Vaccination United Provinces of Agra and Oudh 1914-1922 - 1914-1922
Year: 1914
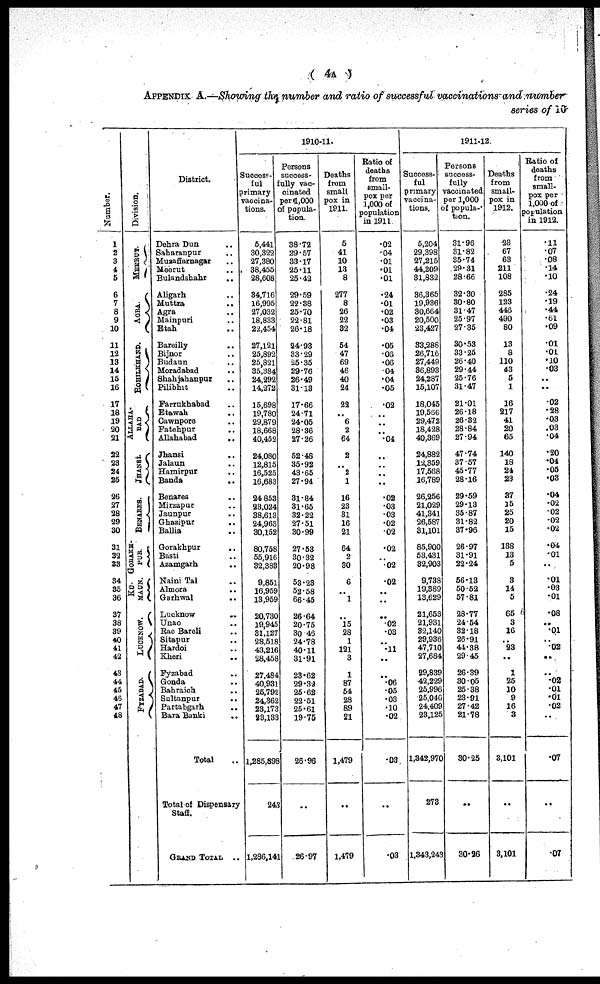
( 4A )
APPENDIX A.—Showing the number and ratio of successful vaccinations and number
series of 10
Number.
1
2
3
4
5
6
7
8
9
10
11
12
13
14
15
16
17
18
19
20
21
22
23
24
25
26
27
28
29
30
31
32
33
34
35
36
37
38
39
40
41
42
43
44
45
46
47
48
Division.
MEERUT.
AGRA.
ROHILKHAND.
ALLAHA¬
BAD.
JHANSI.
BENARES.
GORAKH¬
PUR
KU¬
MAUN.
LUCKNOW.
FYZABAD.
District.
Dehra Dun ..
Saharanpur ..
Muzaffarnagar ..
Meerut ..
Bulandshahr ..
Aligarh ..
Muttra
..
Agra ..
Mainpuri ..
Etah ..
Bareilly ..
Bijnor ..
Budaun ..
Moradabad ..
Shahjahanpur ..
Pilibhit ..
Farrukhabad ..
Etawah ..
Cawnpore ..
Fatehpur
..
Allahabad
..
Jhansi ..
Jalaun ..
Hamirpur ..
Banda ..
Benares ..
Mirzapur ..
Jaunpur ..
Ghazipur ..
Ballia ..
Gorakhpur ..
Basti ..
Azamgarh
..
Naini Tal ..
Almora ..
Garhwal ..
Lucknow ..
Unao ..
Rae Bareli ..
Sitapur ..
Hardoi ..
Kheri ..
Fyzabad ..
Gonda ..
Bahraich ..
Sultanpur ..
Partabgarh ..
Bara Banki ..
Total ..
Total of Dispensary
Staff.
GRAND TOTAL
..
1910-11.
Success¬
ful
primary
vaccina-
tions.
5,441
30,322
27,380
38,455
28,608
34,716
16,995
27,032
18,833
22,454
27,121
25,892
25,821
35,384
24,292
14,272
15,698
19,780
29,879
18,668
40,452
24,080
12,815
16,525
16,683
24,853
23,024
38,613
24,963
30,152
80,758
55,916
32,383
9,851
16,959
13,959
20,730
19,945
31,127
28,518
43,216
28,458
27,484
40,931
25,792
24,362
23,173
23,133
1,285,898
243
1,286,141
Persons
success-
fully vac¬
cinated
per 1,000
of popula-
tion.
38.72
29.57
33.17
25.11
25.42
29.59
22.38
25.70
22.81
26.18
24.93
33.29
25.35
29.76
26.49
31.13
17.66
24.71
24.05
28.36
27.26
52.48
35.92
43.65
27.94
31.84
31.65
32.22
27.51
30.99
27.53
30.32
20.98
53.28
52.58
66.45
26.64
20.75
30.46
24.78
40.11
31.91
23.62
29.32
25.62
22.51
25.61
19.75
26.96
..
26.97
Deaths
from
small
pox in
1911.
5
41
10
13
8
277
8
26
22
32
54
47
69
46
40
24
22
..
6
2
64
2
..
2
1
16
23
31
16
21
64
2
30
6
..
1
..
15
28
1
121
3
1
87
54
28
89
21
1,479
..
1,479
Ratio of
deaths
from
small-
pox per
1,000 of
population
in 1911
.02
.04
.01
.01
.01
.24
.01
.02
.03
.04
.05
.06
.06
.04
.04
.05
.02
..
..
..
.04
..
..
..
..
.02
.03
.03
.02
.02
.02
..
.02
.02
..
..
..
.02
.03
..
.11
..
..
.06
.05
.03
.10
.02
.03
..
.03
1911-12.
Success-
ful
primary
vaccina-
tions.
5,204
29,398
27,215
44,209
31,832
36,365
19,936
30,664
20,500
23,427
33,288
26,716
27,449
36,893
24,287
15,107
18,045
19,566
29,472
18,428
40,369
24,882
12,359
17,568
16,789
26,256
21,029
41,341
26,587
31,101
85,900
53,431
32,903
9,738
19,389
13,629
21,653
21,931
32,140
29,936
47,710
27,684
29,839
42,229
25,996
25,046
24,409
23,125
1,342,970
273
1,343,243
Persons
success-
fully
vaccinated
per 1,000
of popula¬
tion.
31.96
31.82
35.74
29.31
28.66
32.30
30.80
31.47
25.97
27.35
30.53
33.25
26.40
29.44
25.76
31.47
21.01
26.18
26.32
28.84
27.94
47.74
37.57
45.77
28.16
29.59
29.13
35.87
31.82
37.96
26.97
31.91
22.24
56.13
50.52
57.81
28.77
24.54
32.18
26.91
44.38
29.45
26.39
30.05
25.38
23.91
27.42
21.78
30.25
..
30.26
Deaths
from
small-
pox in
1912.
23
67
63
211
108
285
123
446
490
80
13
8
110
43
5
1
16
217
41
20
65
140
18
24
23
37
15
25
20
15
188
13
5
3
14
5
65
3
16
..
23
..
1
25
10
9
16
3
3,101
..
3,101
Ratio of
deaths
from
small-
pox per
1,000 of
population
in 1912.
.11
.07
.08
.14
.10
.24
.19
.44
.61
.09
.01
.01
.10
.03
..
..
.02
.28
.03
.03
.04
.20
.04
.05
.03
.04
.02
.02
.02
.02
.04
.01
..
.01
.03
.01
.08
..
.01
..
.02
..
..
.02
.01
.01
.02
..
.07
..
.07